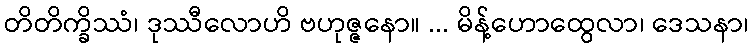
တိတိက္ခိဿံ၊ ဒုဿီလောဟိ ဗဟုဇ္ဇနော။ ... မိန့်ဟောထွေလာ၊ ဒေသနာ၊